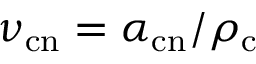
\nu _ { \mathrm { c n } } = \alpha _ { \mathrm { c n } } / \rho _ { \mathrm { c } }